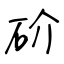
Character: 砎